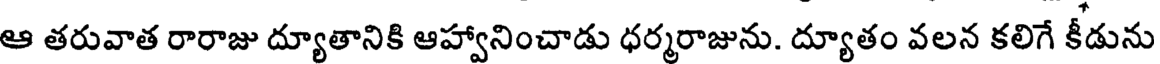
ఆ తరువాత రారాజు ద్యూతానికి ఆహ్వానించాడు ధర్మరాజును. ద్యూతం వలన కలిగే కీడును